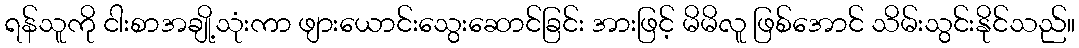
ရန်သူကို ငါးစာအချို့သုံးကာ ဖျားယောင်းသွေးဆောင်ခြင်း အားဖြင့် မိမိလူ ဖြစ်အောင် သိမ်းသွင်းနိုင်သည်။